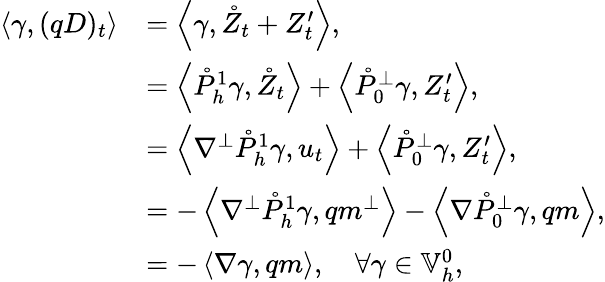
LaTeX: \begin{array}{rl}{\left\langle\gamma,(qD)_{t}\right\rangle}&{=\left\langle\gamma,\mathring{Z}_{t}+Z_{t}^{\prime}\right\rangle,}\\ &{=\left\langle\mathring{P}_{h}^{1}\gamma,\mathring{Z}_{t}\right\rangle+\left\langle\mathring{P}_{0}^{\perp}\gamma,Z_{t}^{\prime}\right\rangle,}\\ &{=\left\langle\nabla^{\perp}\mathring{P}_{h}^{1}\gamma,u_{t}\right\rangle+\left\langle\mathring{P}_{0}^{\perp}\gamma,Z_{t}^{\prime}\right\rangle,}\\ &{=-\left\langle\nabla^{\perp}\mathring{P}_{h}^{1}\gamma,qm^{\perp}\right\rangle-\left\langle\nabla\mathring{P}_{0}^{\perp}\gamma,qm\right\rangle,}\\ &{=-\left\langle\nabla\gamma,qm\right\rangle,\quad\forall\gamma\in\mathbb{V}_{h}^{0},}\end{array}